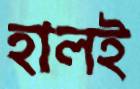
হালই